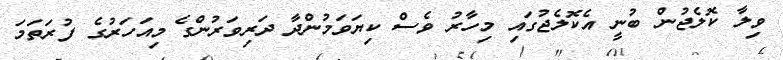
ވިލާ ކޮލެޖުން ބުނީ އެކޮލެޖުގައި މިހާރު ވެސް ކިޔަވަމުންދާ ދަރިވަރުންގެ މިއަހަރުގެ ފުރަތަމަ